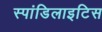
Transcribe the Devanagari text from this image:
स्पांडिलाइटिस